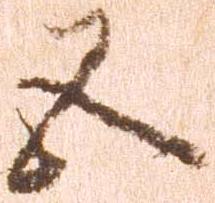
五